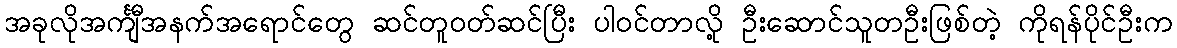
အခုလိုအင်္ကျီအနက်အရောင်တွေ ဆင်တူဝတ်ဆင်ပြီး ပါဝင်တာလို့ ဦးဆောင်သူတဦးဖြစ်တဲ့ ကိုရန်ပိုင်ဦးက